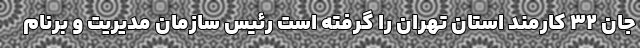
جان ۳۲ کارمند استان تهران را گرفته است رئیس سازمان مدیریت و برنام